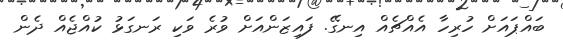
ބައްޕައަށް ހުރިހާ އެއްޗެއް އިނގޭ. ފައިޒަންއަށް ވުރެ ވަކި ރަނގަޅު ކުއްޖެއް ދެން